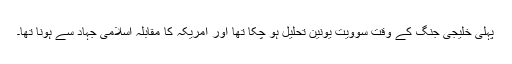
پہلی خلیجی جنگ کے وقت سوویت یونین تحلیل ہو چکا تھا اور امریکہ کا مقابلہ اسلامی جہاد سے ہونا تھا۔